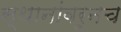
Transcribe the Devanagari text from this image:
स्थानांवरूनच